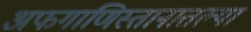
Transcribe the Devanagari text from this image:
अफगाणिस्तानातल्या